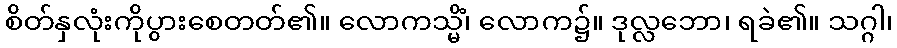
စိတ်နှလုံးကိုပွားစေတတ်၏။ လောကသ္မိံ၊ လောက၌။ ဒုလ္လဘော၊ ရခဲ၏။ သဂ္ဂါ၊